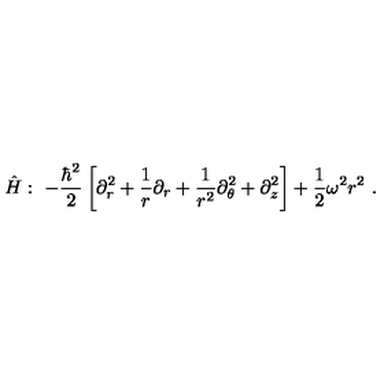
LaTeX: \hat { H } : \ - \frac { \hbar ^ { 2 } } { 2 } \left[ \partial _ { r } ^ { 2 } + \frac { 1 } { r } \partial _ { r } + \frac { 1 } { r ^ { 2 } } \partial _ { \theta } ^ { 2 } + \partial _ { z } ^ { 2 } \right] + \frac { 1 } { 2 } \omega ^ { 2 } r ^ { 2 } \ .